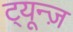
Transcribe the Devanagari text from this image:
ट्यून्ज़